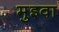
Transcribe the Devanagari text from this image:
मुइवा